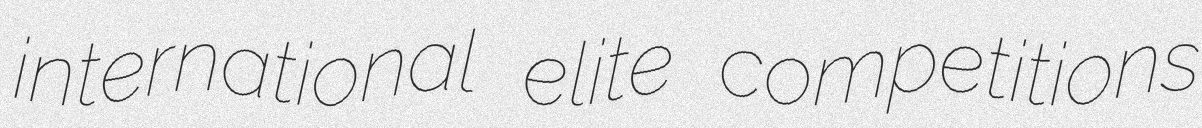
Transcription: international elite competitions